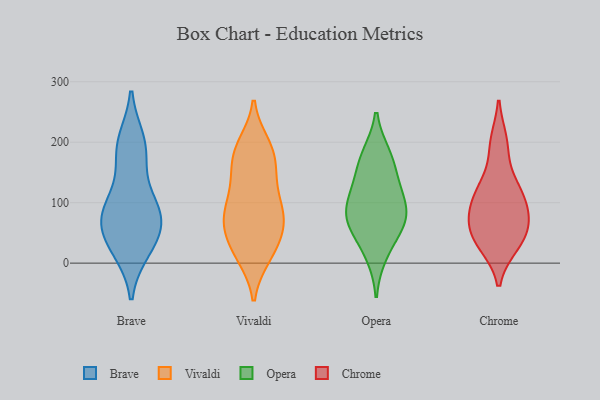
{"axis": {"x": "Backlog", "y": "Value"}, "legend": ["Brave", "Chrome", "Opera", "Vivaldi"], "data": [{"x": "", "y": 28, "type": "Brave"}, {"x": "", "y": 180, "type": "Brave"}, {"x": "", "y": 88, "type": "Brave"}, {"x": "", "y": 191, "type": "Brave"}, {"x": "", "y": 87, "type": "Brave"}, {"x": "", "y": 200, "type": "Brave"}, {"x": "", "y": 45, "type": "Brave"}, {"x": "", "y": 67, "type": "Brave"}, {"x": "", "y": 105, "type": "Brave"}, {"x": "", "y": 24, "type": "Brave"}, {"x": "", "y": 73, "type": "Brave"}, {"x": "", "y": 13, "type": "Vivaldi"}, {"x": "", "y": 187, "type": "Vivaldi"}, {"x": "", "y": 147, "type": "Vivaldi"}, {"x": "", "y": 100, "type": "Vivaldi"}, {"x": "", "y": 12, "type": "Vivaldi"}, {"x": "", "y": 196, "type": "Vivaldi"}, {"x": "", "y": 183, "type": "Vivaldi"}, {"x": "", "y": 75, "type": "Vivaldi"}, {"x": "", "y": 82, "type": "Vivaldi"}, {"x": "", "y": 145, "type": "Vivaldi"}, {"x": "", "y": 11, "type": "Vivaldi"}, {"x": "", "y": 118, "type": "Vivaldi"}, {"x": "", "y": 71, "type": "Vivaldi"}, {"x": "", "y": 92, "type": "Vivaldi"}, {"x": "", "y": 75, "type": "Vivaldi"}, {"x": "", "y": 156, "type": "Vivaldi"}, {"x": "", "y": 191, "type": "Vivaldi"}, {"x": "", "y": 44, "type": "Vivaldi"}, {"x": "", "y": 45, "type": "Vivaldi"}, {"x": "", "y": 49, "type": "Vivaldi"}, {"x": "", "y": 54, "type": "Opera"}, {"x": "", "y": 119, "type": "Opera"}, {"x": "", "y": 79, "type": "Opera"}, {"x": "", "y": 173, "type": "Opera"}, {"x": "", "y": 84, "type": "Opera"}, {"x": "", "y": 62, "type": "Opera"}, {"x": "", "y": 137, "type": "Opera"}, {"x": "", "y": 14, "type": "Opera"}, {"x": "", "y": 95, "type": "Opera"}, {"x": "", "y": 178, "type": "Opera"}, {"x": "", "y": 33, "type": "Chrome"}, {"x": "", "y": 125, "type": "Chrome"}, {"x": "", "y": 108, "type": "Chrome"}, {"x": "", "y": 75, "type": "Chrome"}, {"x": "", "y": 71, "type": "Chrome"}, {"x": "", "y": 76, "type": "Chrome"}, {"x": "", "y": 195, "type": "Chrome"}, {"x": "", "y": 121, "type": "Chrome"}, {"x": "", "y": 42, "type": "Chrome"}, {"x": "", "y": 200, "type": "Chrome"}, {"x": "", "y": 77, "type": "Chrome"}, {"x": "", "y": 31, "type": "Chrome"}, {"x": "", "y": 122, "type": "Chrome"}, {"x": "", "y": 39, "type": "Chrome"}]}